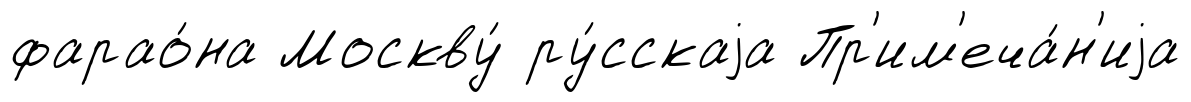
фарао́на Москву́ ру́сскаjа Пр'им'еча́н'иjа